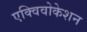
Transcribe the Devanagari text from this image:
एक्विवोकेशन